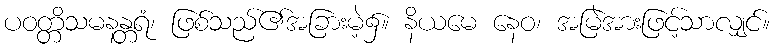
ပဝတ္တိသမနန္တရံ၊ ဖြစ်သည်၏အခြားမဲ့၌။ နိယမေ နေဝ၊ အမြဲအားဖြင့်သာလျှင်။